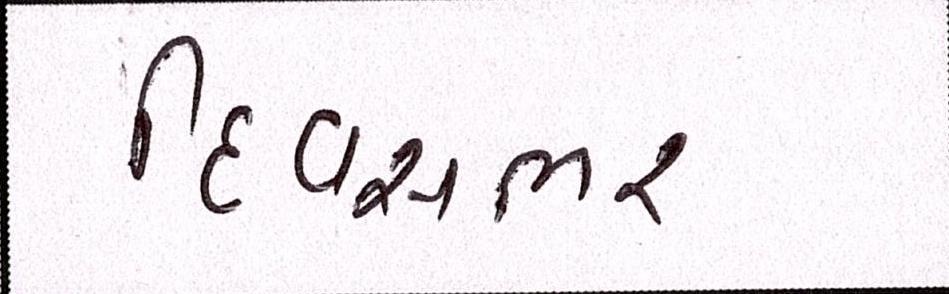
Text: દિવસભર